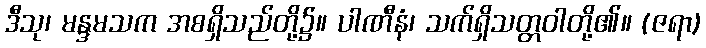
ဒီသု၊ မန္ဒမသက အစရှိသည်တို့၌။ ပါဏီနံ၊ သက်ရှိသတ္တဝါတို့၏။ (ဇရာ)